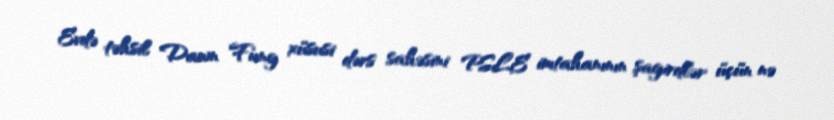
Evdə təhsil Dawn Fung xüsusi dərs sahəsini PSLE imtahanının şagirdlər üçün nə